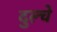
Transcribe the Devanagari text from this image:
दुल्चे